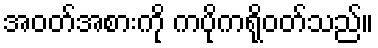
အဝတ်အစားကို ကပိုကရိုဝတ်သည်။